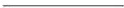
___